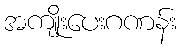
အကျိုးပေးဂဏန်း